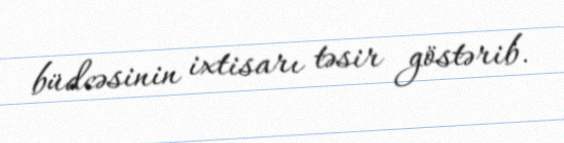
büdcəsinin ixtisarı təsir göstərib.